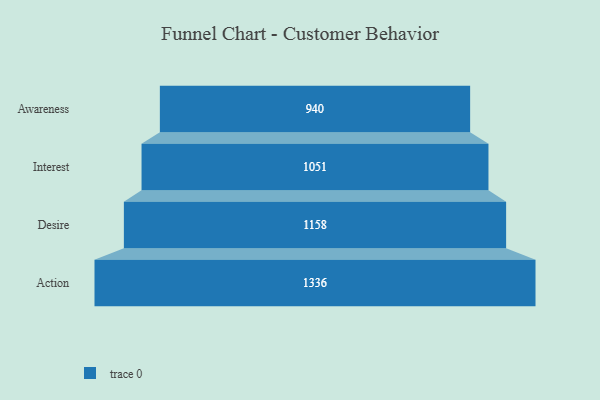
{"axis": {"x": "Stage", "y": "Value"}, "legend": [""], "data": [{"x": "Awareness", "y": 940.0, "type": ""}, {"x": "Interest", "y": 1051.0, "type": ""}, {"x": "Desire", "y": 1158.0, "type": ""}, {"x": "Action", "y": 1336.0, "type": ""}]}